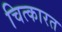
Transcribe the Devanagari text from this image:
चित्कारत